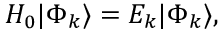
\begin{array} { r } { H _ { 0 } | \Phi _ { k } \rangle = { \cal E } _ { k } | \Phi _ { k } \rangle , } \end{array}